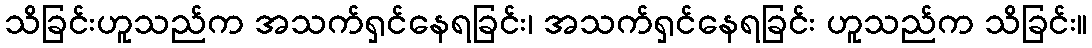
သိခြင်းဟူသည်က အသက်ရှင်နေရခြင်း၊ အသက်ရှင်နေရခြင်း ဟူသည်က သိခြင်း။